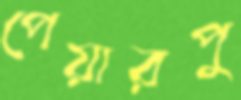
পেয়ারপু